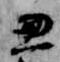
兼